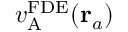
v _ { \mathrm { A } } ^ { \mathrm { F D E } } ( \mathbf { r } _ { a } )